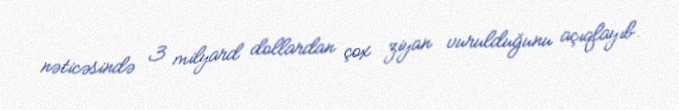
nəticəsində 3 milyard dollardan çox ziyan vurulduğunu açıqlayıb.